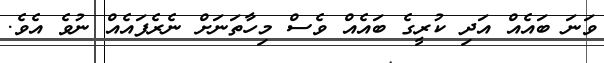
ވަނަ ބައެއް އަދި ކުރީގެ ބައެއް ވެސް މިހާތަނަށް ނެރެފައެއް ނުވެ އެވެ.